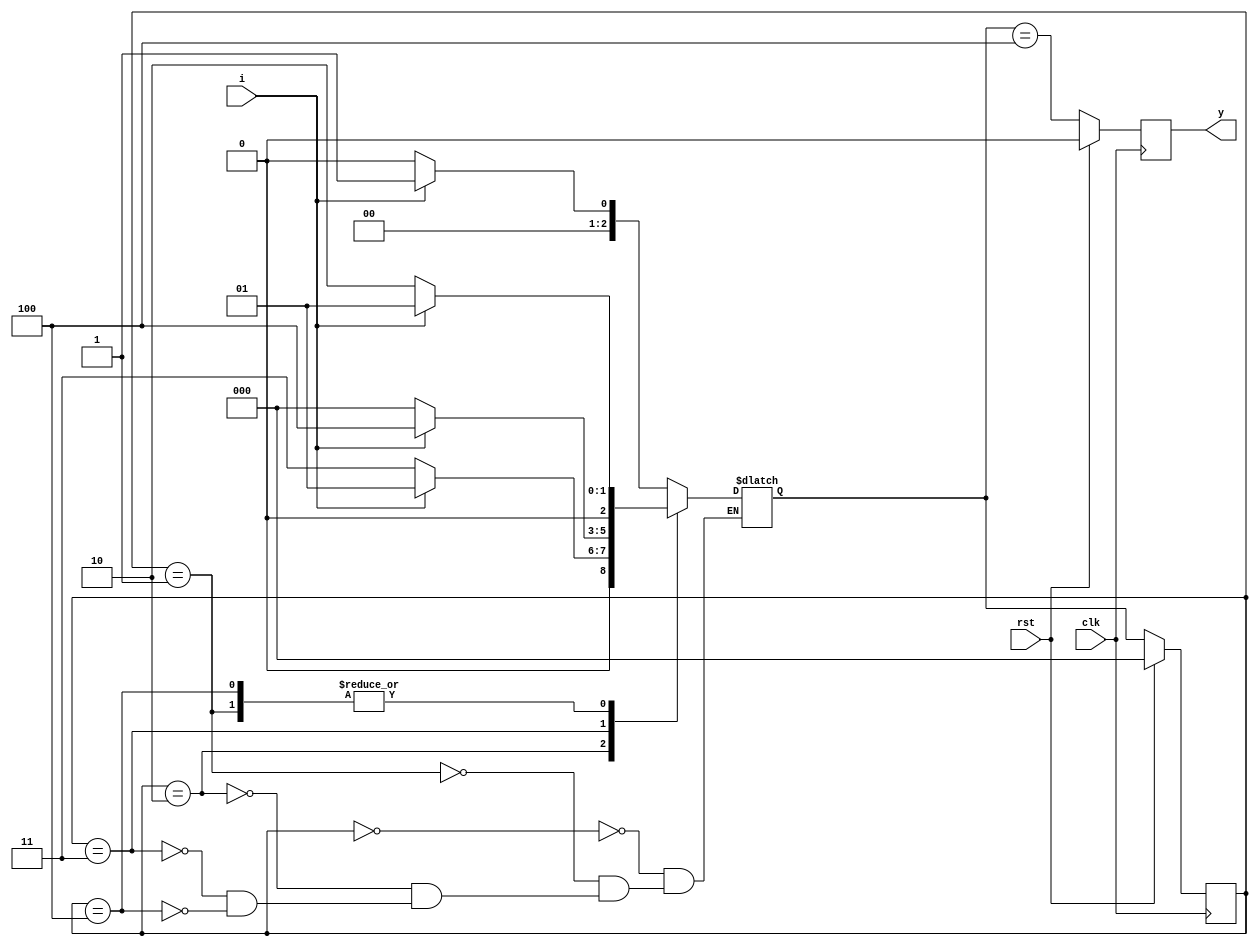
module moore(input i,clk,rst, output reg y);
	reg [2:0] state,next_state;
	parameter idle=3'b000, s1=3'b001, s10=3'b010, s100=3'b011, s1001=3'b100;
	
	always@(*)begin
		case(state)
			idle	: next_state = i ? s1	: idle;
			s1		: next_state = i ? s1	: s10;
			s10	: next_state = i ? s1	: s100;
			s100	: next_state = i ? s1001: idle;
			s1001	: next_state = i ? s1	: s10;
		endcase
	end		
	
	always@(posedge clk) begin
		if (rst == 1) begin
			state = idle;
			y <= 1'b0;
		end
		else begin
			state = next_state;
			y <= (state==s1001);
		end
	end
endmodule